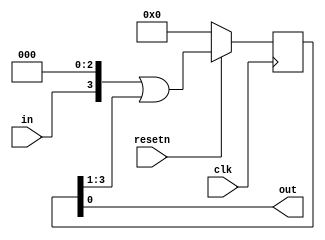
// https://hdlbits.01xz.net/wiki/Exams/m2014_q4k

module top_module (
    input clk,
    input resetn,   // synchronous reset
    input in,
    output out);

    reg [3:0] q;

    always @(posedge clk) begin
        if(~resetn) begin
            q <= 4'b0;
        end else begin
            q <= {in, 3'b0} | (q >> 1);
        end
    end

    assign out = q[0];

endmodule